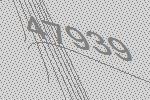
47939